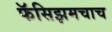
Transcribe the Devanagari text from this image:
फॅसिझमचाच